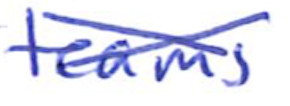
Text: teams
Cross-out: cross
Writing tool: ballpoint